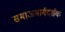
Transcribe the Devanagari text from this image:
समाजमार्गदर्शक